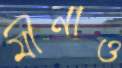
মীনাও